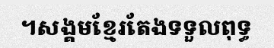
។សង្គមខ្មែរតែងទទួលពុទ្ធ